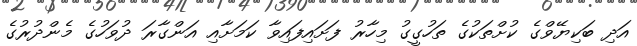
އަދި ބަކިޔޭވްގެ ކުށްތަކުގެ ތަހުގީގު މިހާރު ފަށައިފައިވާ ކަމަށާއި އަންގާރަ ދުވަހުގެ މެންދުރުގެ